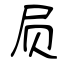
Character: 屃